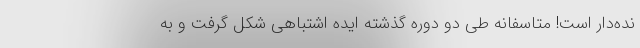
نده‌دار است! متاسفانه طی دو دوره گذشته ایده اشتباهی شکل گرفت و به